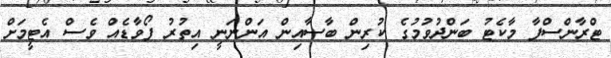
ޓްރާންސްފާ މާކެޓު ބަންދުވުމުގެ ކުރިން ބާސާއިން އަންނަނީ އިތުރު ފޯވާޑެއް ވެސް އެޓީމަށް